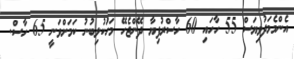
އެންމެމަދުވިޔަސް 55 ހާހައި 60 ހާސްރުފިޔާ ދޭންޖެހޭ މަހުަކުލިބުނު ކަމަށްވަނީ 65 ހާސް.